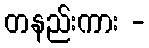
တနည်းကား -